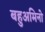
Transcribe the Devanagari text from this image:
बहुअमिनो